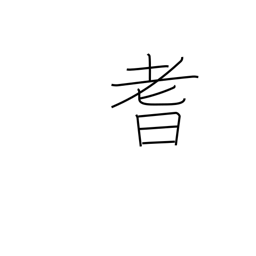
Meaning: senility